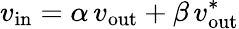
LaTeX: v_{\mathrm{in}}=\alpha\, v_{\mathrm{out}}+\beta\, v_{\mathrm{out}}^{*}